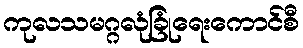
ကုလသမဂ္ဂလုံခြုံရေးကောင်စီ